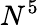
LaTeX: N^{5}